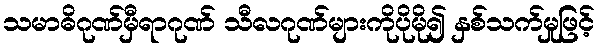
သမာဓိဂုဏ်မှီရာဂုဏ် သီလဂုဏ်များကိုပိုမို၍ နှစ်သက်မှုဖြင့်